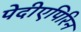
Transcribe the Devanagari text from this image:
पेदीएपिरिन